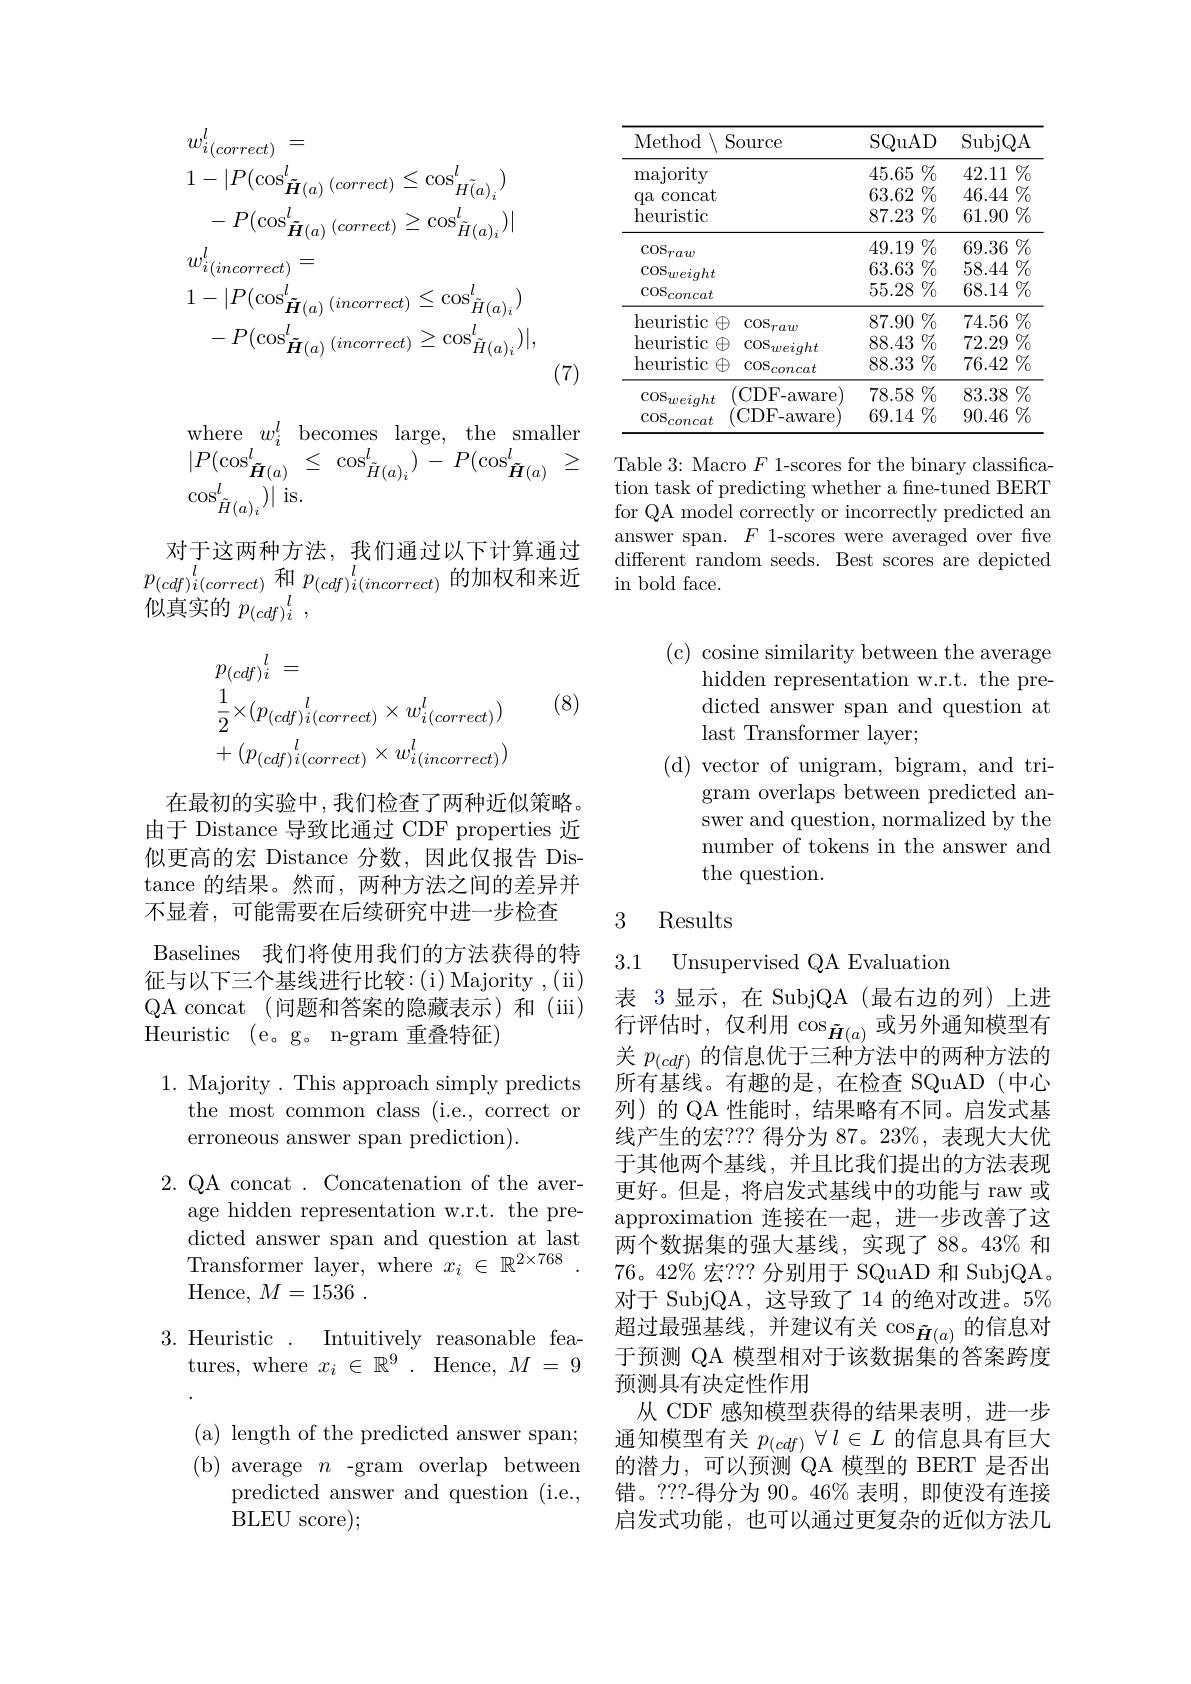
$$\begin{aligned}&w_{i(correct)}^{l}\:=\\&1-|P(\cos_{\tilde{\boldsymbol{H}}(a)}^{l}\:(correct)\leq\cos_{\tilde{H}(a)_{i}}^{l})\\&-P(\cos_{\tilde{\boldsymbol{H}}(a)}^{l}\:(correct)\geq\cos_{\tilde{H}(a)_{i}}^{l})|\\&w_{i(incorrect)}^{l}=\\&1-|P(\cos_{\tilde{\boldsymbol{H}}(a)}^{l}\:(incorrect)\leq\cos_{\tilde{H}(a)_{i}}^{l})\\&-P(\cos_{\tilde{\boldsymbol{H}}(a)}^{l}\:(incorrect)\geq\cos_{\tilde{H}(a)_{i}}^{l})|,\end{aligned}$$
(7)
$$\begin{aligned}&\mathrm{where}\:w_{i}^{l}\:\mathrm{becomes}\:\mathrm{large},\:\mathrm{the}\:\mathrm{smaller}\\&|P(\cos_{\tilde{\boldsymbol{H}}(a)}^{l}\:\leq\:\cos_{\tilde{H}(a)_{i}}^{l})\:-\:P(\cos_{\tilde{\boldsymbol{H}}(a)}^{l}\:\geq\\&\cos_{\tilde{H}(a)_{i}}^{l})|\:\mathrm{is.}\end{aligned}$$
对于这两种方法，我们通过以下计算通过$p_{( cdf) i( correct) }^l$ 和 $p_{( cdf) i( incorrect) }^l$的加权和来近似真实的$p_{(cdf)i}^l$,

(8)
$$\begin{aligned}&p_{(cdf)i}^{l}\:=\\&\frac{1}{2}\times(p_{(cdf)i(correct)}\times w_{i(correct)}^{l})\\&+(p_{(cdf)i(correct)}^{l}\times w_{i(incorrect)}^{l})\end{aligned}$$
在最初的实验中，我们检查了两种近似策略。由于 Distance 导致比通过 CDF properties 近似更高的宏 Distance 分数，因此仅报告 Distance 的结果。然而，两种方法之间的差异并不显着，可能需要在后续研究中进一步检查
Baselines 我们将使用我们的方法获得的特征与以下三个基线进行比较：(i)Majority,(ii) QA concat (问题和答案的隐藏表示)和 (iii) Heuristic ( e。g。n- gram 重叠特征)

1. Majority . This approach simply predicts
the most common class (i.e., correct or
erroneous answer span prediction).

2.QA concat . Concatenation of the aver-
age hidden representation w.r.t. the predicted answer span and question at last Transformer layer, where $x_i\in\mathbb{R}^{2\times768}$ ${\mathrm{Hence, ~}}M= 1536$ .

Intuitively reasonable fea-
3. Heuristic
tures, where $x_i\in\mathbb{R}^9.$ Hence, $M=9$ ( a) length of the predicted answer span; ( b) average $n$-gram overlap between
predicted answer and question (i.e.,
BLEU score);

<table>
	<tbody>
		<tr>
			<th>Method$\setminus$Source</th>
			<th>$0urce$</th>
			<th>SQuA</th>
			<th>$AD$</th>
			<th>SubjC</th>
			<th>$QA$ </th>
		</tr>
		<tr>
			<td>${\mathrm{majority}}$ $qa($ concat heuristic</td>
			<td> </td>
			<td>45.65 63.62 87.23</td>
			<td>$\begin{array}{c}&\mathscr{T}_0\\\mathscr{T}_0\\\mathscr{T}_0\\\mathscr{T}_0\end{array}$ $3^{1}$</td>
			<td>42.11 46.44 61.90</td>
			<td>$1\%$ T $4\%$ $0\%$</td>
		</tr>
		<tr>
			<td>$\cos_{raw}$</td>
			<td> </td>
			<td>49.19</td>
			<td>$\%$ 9</td>
			<td>69.36</td>
			<td>$\%$ 6</td>
		</tr>
		<tr>
			<td>$\operatorname{cos}_{weiqht}$</td>
			<td> </td>
			<td>63.63</td>
			<td>$\%$ 3</td>
			<td>58.44</td>
			<td>$\%$ 4</td>
		</tr>
		<tr>
			<td>$\cos_{concat}$</td>
			<td> </td>
			<td>55.28</td>
			<td>$\%$ 3</td>
			<td>68.14</td>
			<td>$\%$ 4</td>
		</tr>
		<tr>
			<td>heuristic $\cos_{raw}$ $H$</td>
			<td>$\operatorname{cos}_{raw}$</td>
			<td>87.90</td>
			<td>$\%_{0}$ 0</td>
			<td>74.56</td>
			<td>$\%$ 6</td>
		</tr>
		<tr>
			<td>heuristic $\textcircled{4}$ $\operatorname{cos}_{weight}$</td>
			<td>$\operatorname{cos}_{weight}$</td>
			<td>88.43</td>
			<td>$\%_{0}$ </td>
			<td>72.29</td>
			<td>$\%$ 9</td>
		</tr>
		<tr>
			<td>heuristic $\cos_{concat}$</td>
			<td>$\cos_{concat}$</td>
			<td>88.33</td>
			<td>$\%$ 3</td>
			<td>76.42</td>
			<td>$\%$ 2</td>
		</tr>
		<tr>
			<td>$\operatorname{cos}_{weiqht}$ (CDF-aware)</td>
			<td>CDF- aware</td>
			<td>78.58</td>
			<td>$\%$ 3</td>
			<td>83.38</td>
			<td>$\%$ 8</td>
		</tr>
		<tr>
			<td>(CDF- aware $\operatorname{COS}_{concat}$</td>
			<td>CDF-aware</td>
			<td>69.14</td>
			<td>$\%_{0}$ 1</td>
			<td>90.46</td>
			<td>$\%$ 6</td>
		</tr>
	</tbody>
</table>

Table 3: Macro $F$ 1-scores for the binary classification task of predicting whether a fine-tuned BERT for QA model correctly or incorrectly predicted an answer span. $F$ 1-scores were averaged over fve different random seeds. Best scores are depicted in bold face.

(c) cosine similarity between the average
hidden representation w.r.t. the predicted answer span and question at last Transformer layer;
( d) vector of unigram, bigram, and tri-
gram overlaps between predicted answer and question, normalized by the number of tokens in the answer and the question.

## 3 Results

3.1 Unsupervised QA Evaluation

表 3显示，在 SubjQA(最右边的列)上进行评估时，仅利用$\cos_{\tilde{\boldsymbol{H}}(a)}$或另外通知模型有关$p_{(cdf)}$的信息优于三种方法中的两种方法的所有基线。有趣的是，在检查 SQuAD(中心列)的 QA 性能时，结果略有不同。启发式基线产生的宏？?? 得分为 87。23%, 表现大大优于其他两个基线，并且比我们提出的方法表现更好。但是，将启发式基线中的功能与 raw 或approximation 连接在一起，进一步改善了这两个数据集的强大基线，实现了 88。43% 和76。42% 宏？?? 分别用于 SQuAD 和 SubjQA。对于 SubjQA,这导致了14 的绝对改进。5% 超过最强基线，并建议有关$\cos_{\tilde{\boldsymbol{H}}(a)}$的信息对于预测 QA 模型相对于该数据集的答案跨度预测具有决定性作用
从 CDF 感知模型获得的结果表明，进一步通知模型有关$p_{(cdf)}\forall l\in L$的信息具有巨大的潜力，可以预测 QA 模型的 BERT 是否出错。???-得分为 90。46% 表明，即使没有连接启发式功能，也可以通过更复杂的近似方法几